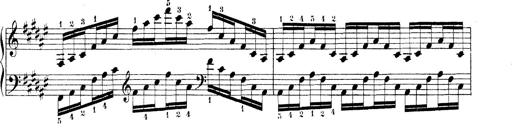
Title: Technische Studien
Composer: Franz Liszt